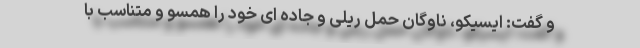
و گفت: ایسیکو، ناوگان حمل ریلی و جاده ای خود را همسو و متناسب با